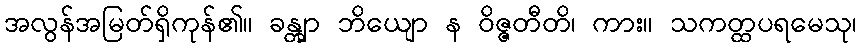
အလွန်အမြတ်ရှိကုန်၏။ ခန္တျာ ဘိယျော န ဝိဇ္ဇတီတိ၊ ကား။ သကတ္ထပရမေသု၊